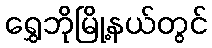
ရွှေဘိုမြို့နယ်တွင်